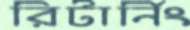
রিটার্নিং